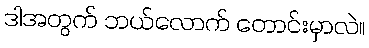
ဒါအတွက် ဘယ်လောက် တောင်းမှာလဲ။